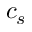
c _ { s }